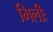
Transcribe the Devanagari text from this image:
मिलीः